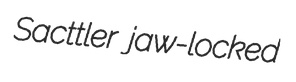
Sacttler jaw-locked